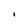
Character: i